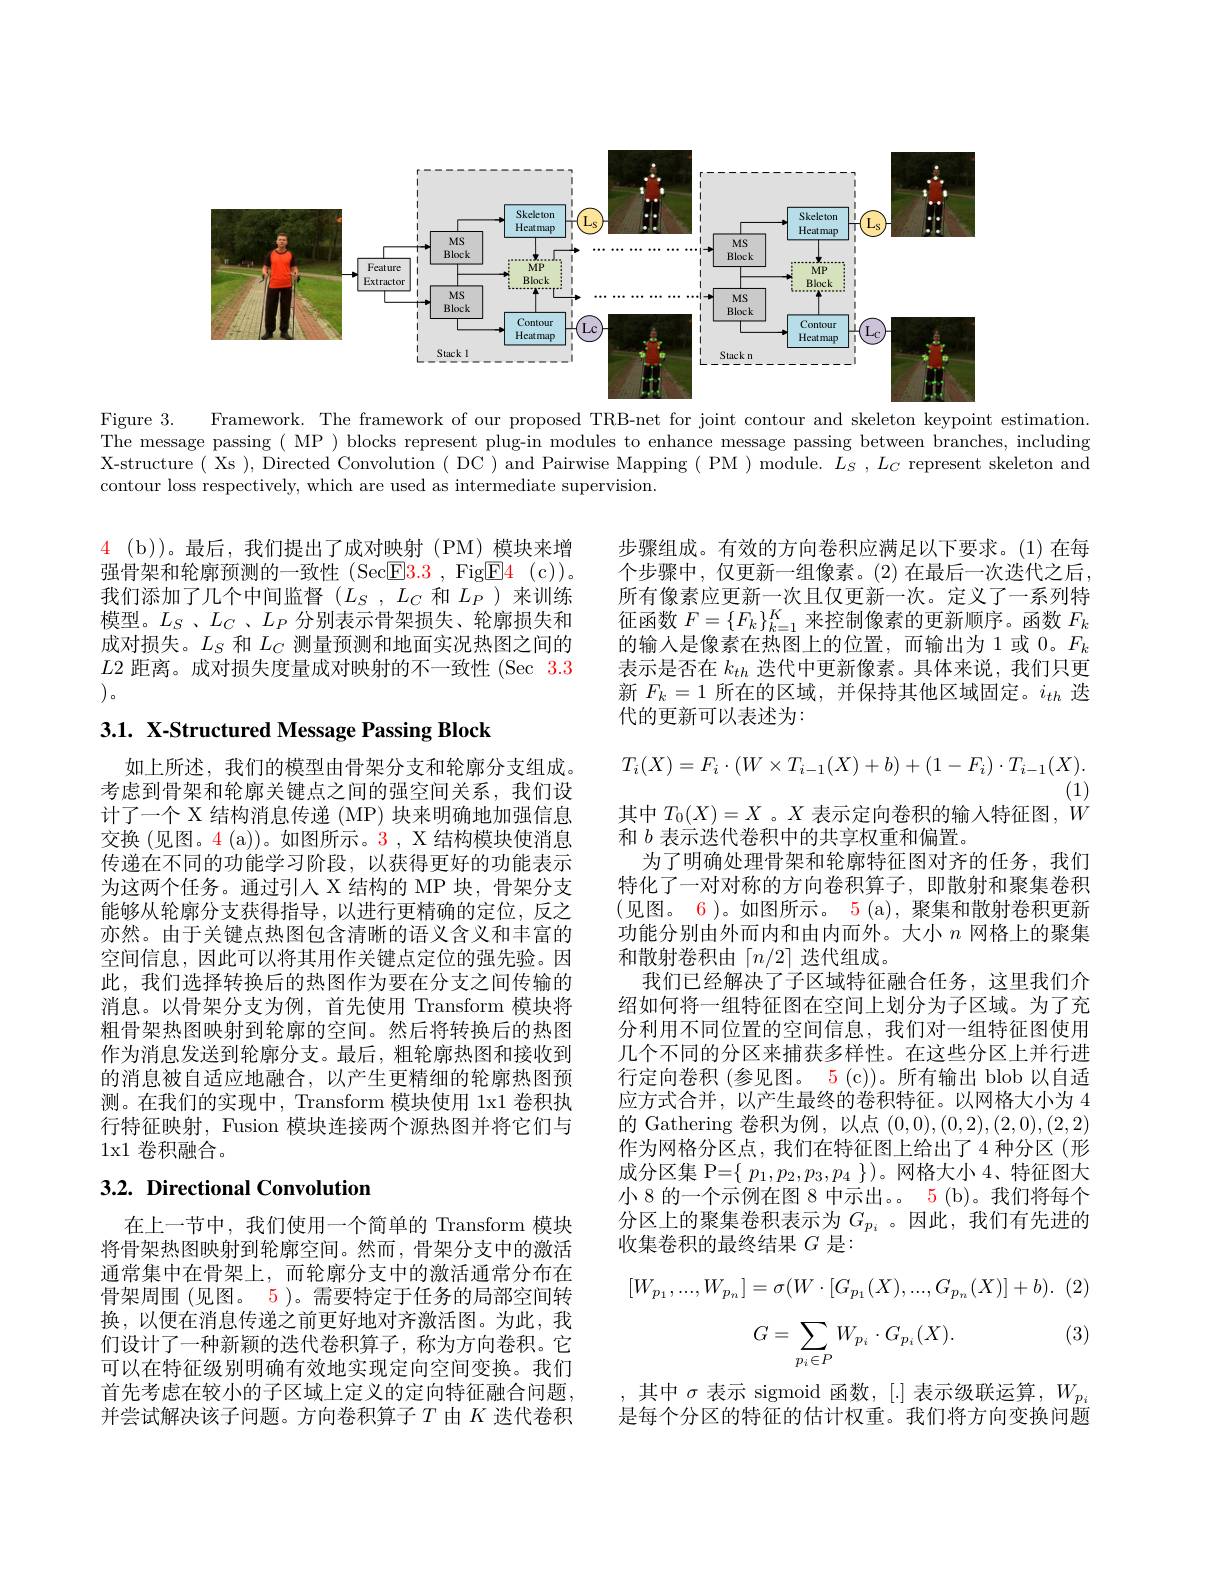
<FigureHere>

Figure 3.
Framework. The framework of our proposed TRB-net for joint contour and skeleton keypoint estimation.
The message passing( MP ) blocks represent plug-in modules to enhance message passing between branches, including X-structure( Xs ), Directed Convolution( DC ) and Pairwise Mapping ( PM ) module. $L_S,L_C$ represent skeleton and contour loss respectively, which are used as intermediate supervision.

$\begin{array}{cc}4&(\mathrm{b}))\text{。最后，我们提出了成对映射(PM)模块来增}\end{array}$ 强骨架和轮廓预测的一致性 (Sec$\boxed{\mathrm{F}}3.3$, Fig$\boxed{\mathrm{F} }4$ (c))。我们添加了几个中间监督($L_S,L_C$和$L_P)$来训练模型。$L_S$ $、 L_C$ $、 L_P$ 分别表示骨架损失、轮廓损失和成对损失。$L_S$和$L_C$测量预测和地面实况热图之间的$L$2 距离。成对损失度量成对映射的不一致性 (Sec 3.3 (1,2)。

3.1. X-Structured Message Passing Block

步骤组成。有效的方向卷积应满足以下要求。(1)在每个步骤中，仅更新一组像素。(2)在最后一次迭代之后所有像素应更新一次且仅更新一次。定义了一系列特征函数$F=\{F_k\}_{k=1}^K$来控制像素的更新顺序。函数$F_k$ 的输入是像素在热图上的位置，而输出为1或 0。$F_k$ 表示是否在$k_{th}$迭代中更新像素。具体来说，我们只更新$F_k=1$所在的区域，并保持其他区域固定。$i_th$迭代的更新可以表述为：
$$T_{i}(X)=F_{i}\cdot(W\times T_{i-1}(X)+b)+(1-F_{i})\cdot T_{i-1}(X).$$
(1)
其中$T_0(X)=X$ 。$X$表示定向卷积的输人特征图，$W$
和$b$表示迭代卷积中的共享权重和偏置。
为了明确处理骨架和轮廓特征图对齐的任务，我们特化了一对对称的方向卷积算子，即散射和聚集卷积(见图。6)。如图所示。5 (a),聚集和散射卷积更新功能分别由外而内和由内而外。大小$n$网格上的聚集和散射卷积由「$n/2\rceil$迭代组成。
我们已经解决了子区域特征融合任务，这里我们介绍如何将一组特征图在空间上划分为子区域。为了充分利用不同位置的空间信息，我们对一组特征图使用几个不同的分区来捕获多样性。在这些分区上并行进行定向卷积 (参见图。5 (c))。所有输出 blob 以自适应方式合并，以产生最终的卷积特征。以网格大小为 4的 Gathering 卷积为例，以点(0,0),(0,2),(2,0),(2,2) 作为网格分区点，我们在特征图上给出了4种分区(形成分区集 P=$\{\begin{array}{c}p_1,p_2,p_3,p_4\end{array}\})$。网格大小 4、特征图大小 8 的一个示例在图 8 中示出。。5 (b)。我们将每个分区上的聚集卷积表示为$G_{p_i}$ 。因此，我们有先进的收集卷积的最终结果$G$是：
$$[W_{p_1},...,W_{p_n}]=\sigma(W\cdot[G_{p_1}(X),...,G_{p_n}(X)]+b).$$
如上所述，我们的模型由骨架分支和轮廓分支组成。考虑到骨架和轮廓关键点之间的强空间关系，我们设计了一个 X 结构消息传递 (MP) 块来明确地加强信息交换 (见图。4 (a))。如图所示。3 , X 结构模块使消息传递在不同的功能学习阶段，以获得更好的功能表示为这两个任务。通过引人 X 结构的 MP 块，骨架分支能够从轮廓分支获得指导，以进行更精确的定位，反之亦然。由于关键点热图包含清晰的语义含义和丰富的空间信息，因此可以将其用作关键点定位的强先验。因此，我们选择转换后的热图作为要在分支之间传输的消息。以骨架分支为例，首先使用 Transform 模块将粗骨架热图映射到轮廓的空间。然后将转换后的热图作为消息发送到轮廓分支。最后，粗轮廓热图和接收到的消息被自适应地融合，以产生更精细的轮廓热图预测。在我们的实现中，Transform 模块使用 1x1 卷积执行特征映射，Fusion 模块连接两个源热图并将它们与1x1 卷积融合。

## $3. 2. \textbf{ Directional Convolution}$
$$G=\sum\limits_{p_i\in P}W_{p_i}\cdot G_{p_i}(X).$$
在上一节中，我们使用一个简单的 Transform 模块将骨架热图映射到轮廓空间。然而，骨架分支中的激活通常集中在骨架上，而轮廓分支中的激活通常分布在骨架周围 (见图。5)。需要特定于任务的局部空间转换，以便在消息传递之前更好地对齐激活图。为此，我们设计了一种新颖的迭代卷积算子，称为方向卷积。它可以在特征级别明确有效地实现定向空间变换。我们首先考虑在较小的子区域上定义的定向特征融合问题， 并尝试解决该子问题。方向卷积算子$T$由$K$迭代卷积

(3)

,其中$\sigma$表示 sigmoid 函数，[.] 表示级联运算$,W_p$ 是每个分区的特征的估计权重。我们将方向变换问题